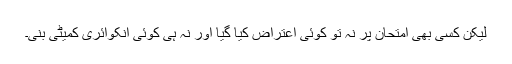
لیکن کسی بھی امتحان پر نہ تو کوئی اعتراض کیا گیا اور نہ ہی کوئی انکوائری کمیٹی بنی۔